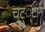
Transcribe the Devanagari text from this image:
चट््टान